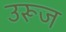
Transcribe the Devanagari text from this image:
उरूज